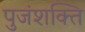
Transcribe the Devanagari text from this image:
पुजंशक्ति